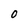
Character: 0